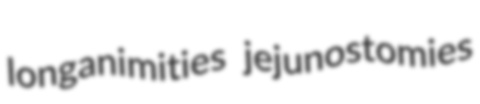
longanimities jejunostomies